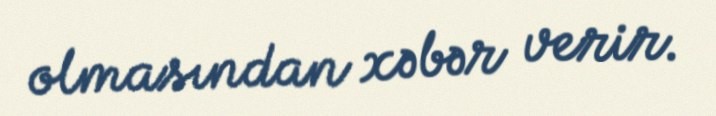
olmasından xəbər verir.